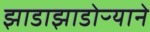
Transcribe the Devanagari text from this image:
झाडाझाडोऱ्याने